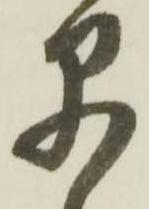
早